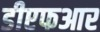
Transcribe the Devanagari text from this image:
डीएफआर